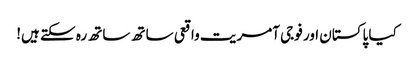
کیا پاکستان اور فوجی آمریت واقعی ساتھ ساتھ رہ سکتے ہیں!